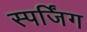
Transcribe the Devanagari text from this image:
स्पर्जिंग